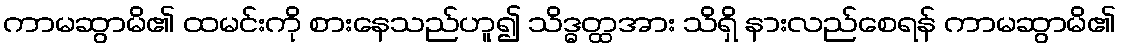
ကာမဆွာမိ၏ ထမင်းကို စားနေသည်ဟူ၍ သိဒ္ဓတ္ထအား သိရှိ နားလည်စေရန် ကာမဆွာမိ၏